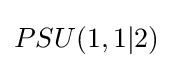
PSU(1,1|2)